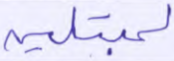
لمبتلين